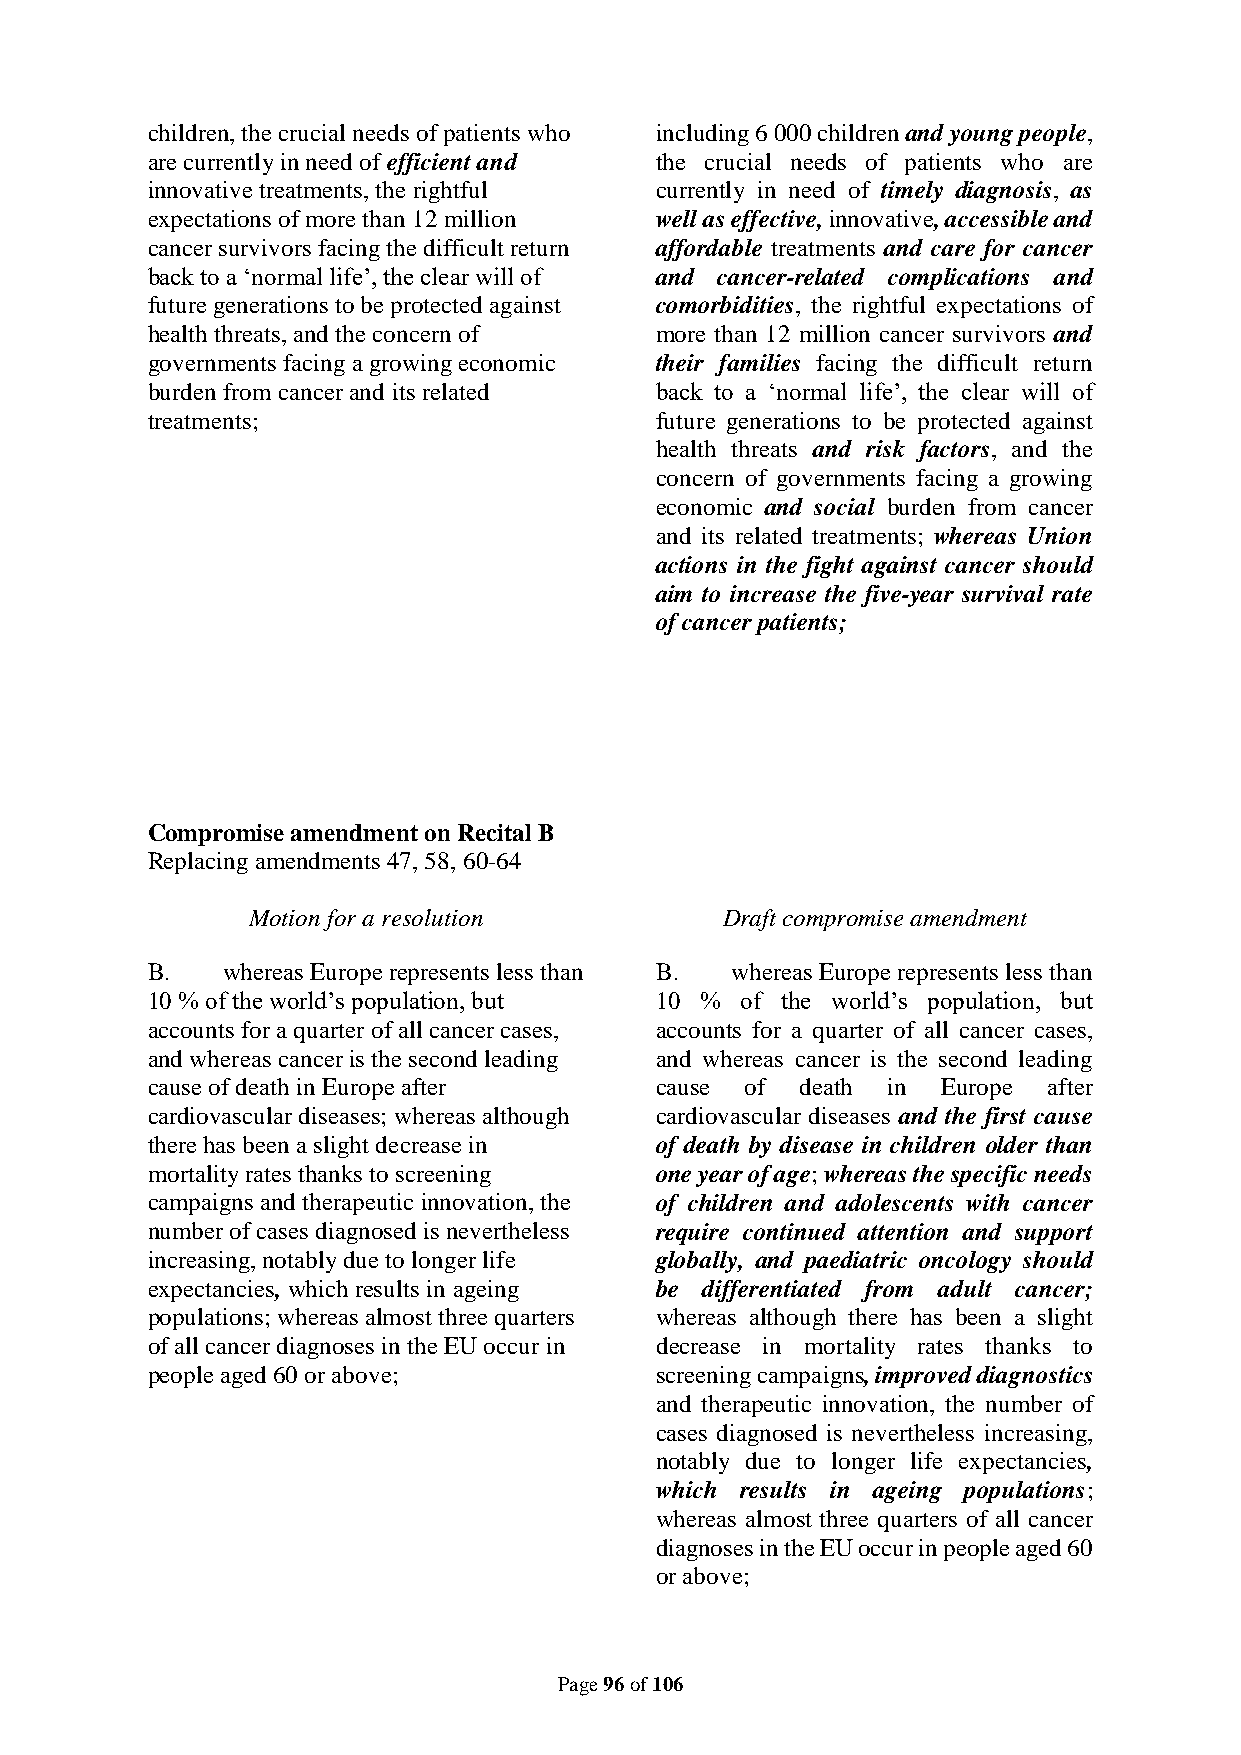
children, the crucial needs of patients who including 6 000 children and young people,
 are currently in need of efficient and the crucial needs of patients who are
 innovative treatments, the rightful currently in need of timely diagnosis, as
 expectations of more than 12 million well as effective, innovative, accessible and
 cancer survivors facing the difficult return affordable treatments and care for cancer
 back to a ‘normal life’, the clear will of and cancer-related complications and
 future generations to be protected against comorbidities, the rightful expectations of
 health threats, and the concern of more than 12 million cancer survivors and
 governments facing a growing economic their families facing the difficult return
 burden from cancer and its related back to a ‘normal life’, the clear will of
 treatments;                      future generations to be protected against
 health threats and risk factors, and the
 concern of governments facing a growing
 economic and social burden from cancer
 and its related treatments; whereas Union
 actions in the fight against cancer should
 aim to increase the five-year survival rate
 of cancer patients;
 Compromise amendment on Recital B
 Replacing amendments 47, 58, 60-64
 Motion for a resolution         Draft compromise amendment
 B.   whereas Europe represents less than B. whereas Europe represents less than
 10 % of the world’s population, but 10 % of the world’s population, but
 accounts for a quarter of all cancer cases, accounts for a quarter of all cancer cases,
 and whereas cancer is the second leading and whereas cancer is the second leading
 cause of death in Europe after   cause of  death in Europe after
 cardiovascular diseases; whereas although cardiovascular diseases and the first cause
 there has been a slight decrease in of death by disease in children older than
 mortality rates thanks to screening one year of age; whereas the specific needs
 campaigns and therapeutic innovation, the of children and adolescents with cancer
 number of cases diagnosed is nevertheless require continued attention and support
 increasing, notably due to longer life globally, and paediatric oncology should
 expectancies, which results in ageing be differentiated from adult cancer;
 populations; whereas almost three quarters whereas although there has been a slight
 of all cancer diagnoses in the EU occur in decrease in mortality rates thanks to
 people aged 60 or above;         screening campaigns, improved diagnostics
 and therapeutic innovation, the number of
 cases diagnosed is nevertheless increasing,
 notably due to longer life expectancies,
 which results in ageing populations;
 whereas almost three quarters of all cancer
 diagnoses in the EU occur in people aged 60
 or above;
 Page 96 of 106